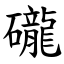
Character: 礲